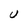
Character: U